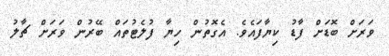
ވަރަށް ބޮޑަށް ފާޑު ކިޔާފައެވެ. އެގޮތުން ހިޔާ ފުލެޓުތައް ބޭރުން ވަރަަށް ޗާލު